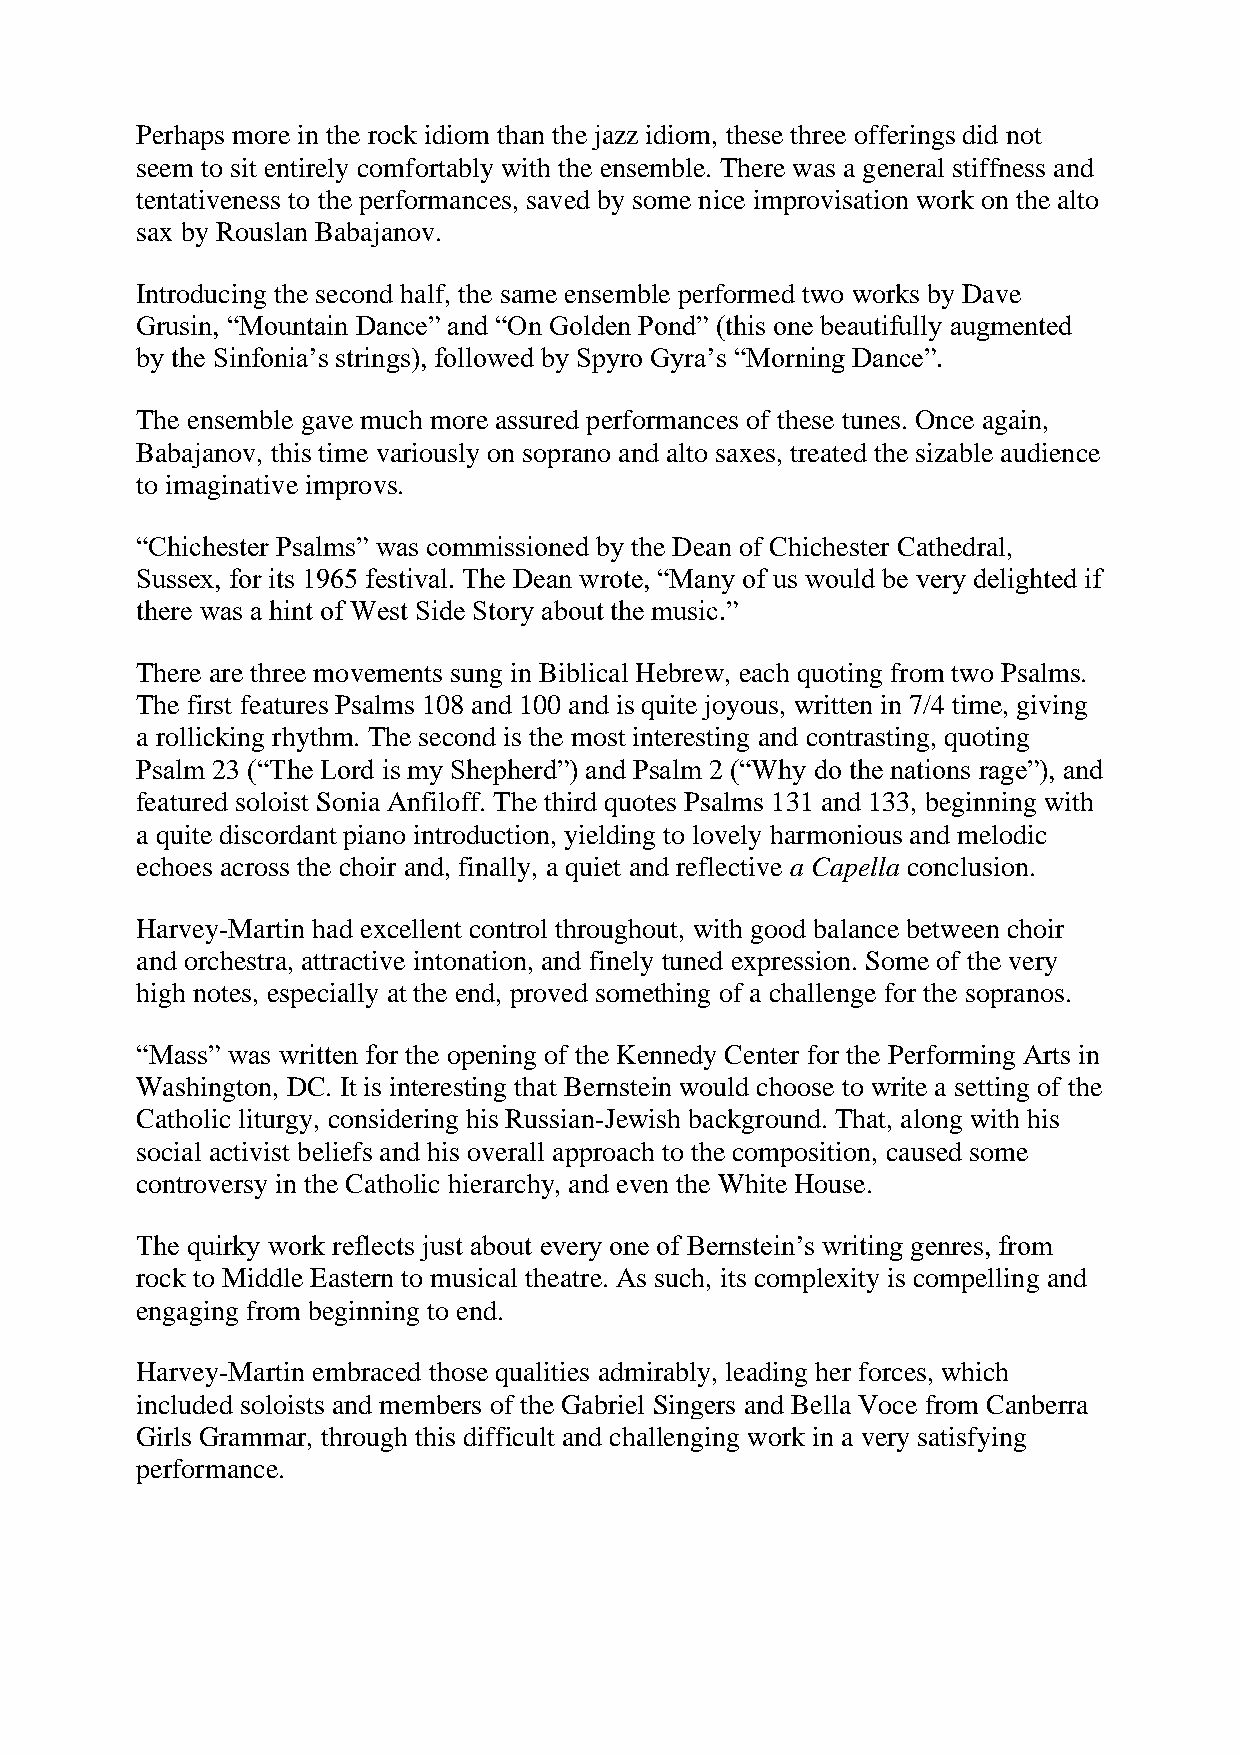
Perhaps more in the rock idiom than the jazz idiom, these three offerings did not
 seem to sit entirely comfortably with the ensemble. There was a general stiffness and
 tentativeness to the performances, saved by some nice improvisation work on the alto
 sax by Rouslan Babajanov.
 Introducing the second half, the same ensemble performed two works by Dave
 Grusin, “Mountain Dance” and “On Golden Pond” (this one beautifully augmented
 by the Sinfonia’s strings), followed by Spyro Gyra’s “Morning Dance”.
 The ensemble gave much more assured performances of these tunes. Once again,
 Babajanov, this time variously on soprano and alto saxes, treated the sizable audience
 to imaginative improvs.
 “Chichester Psalms” was commissioned by the Dean of Chichester Cathedral,
 Sussex, for its 1965 festival. The Dean wrote, “Many of us would be very delighted if
 there was a hint of West Side Story about the music.”
 There are three movements sung in Biblical Hebrew, each quoting from two Psalms.
 The first features Psalms 108 and 100 and is quite joyous, written in 7/4 time, giving
 a rollicking rhythm. The second is the most interesting and contrasting, quoting
 Psalm 23 (“The Lord is my Shepherd”) and Psalm 2 (“Why do the nations rage”), and
 featured soloist Sonia Anfiloff. The third quotes Psalms 131 and 133, beginning with
 a quite discordant piano introduction, yielding to lovely harmonious and melodic
 echoes across the choir and, finally, a quiet and reflective a Capella conclusion.
 Harvey-Martin had excellent control throughout, with good balance between choir
 and orchestra, attractive intonation, and finely tuned expression. Some of the very
 high notes, especially at the end, proved something of a challenge for the sopranos.
 “Mass” was written for the opening of the Kennedy Center for the Performing Arts in
 Washington, DC. It is interesting that Bernstein would choose to write a setting of the
 Catholic liturgy, considering his Russian-Jewish background. That, along with his
 social activist beliefs and his overall approach to the composition, caused some
 controversy in the Catholic hierarchy, and even the White House.
 The quirky work reflects just about every one of Bernstein’s writing genres, from
 rock to Middle Eastern to musical theatre. As such, its complexity is compelling and
 engaging from beginning to end.
 Harvey-Martin embraced those qualities admirably, leading her forces, which
 included soloists and members of the Gabriel Singers and Bella Voce from Canberra
 Girls Grammar, through this difficult and challenging work in a very satisfying
 performance.